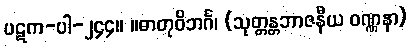
ပဋက-ပါ-၂၄၄။ ။ဓာတုဝိဘင်္ဂ၊ (သုတ္တန္တဘာဇနီယ ဝဏ္ဏနာ)